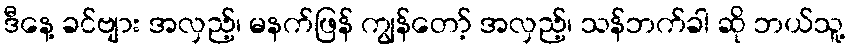
ဒီနေ့ ခင်ဗျား အလှည့်၊ မနက်ဖြန် ကျွန်တော့် အလှည့်၊ သန်ဘက်ခါ ဆို ဘယ်သူ့